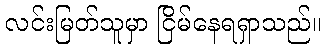
လင်းမြတ်သူမှာ ငြိမ်နေရရှာသည်။